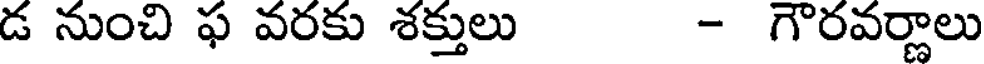
డ నుంచి ఫ వరకు శక్తులు - గౌరవర్ణాలు